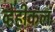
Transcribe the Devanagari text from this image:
व्हेहीकल